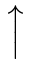
\Big \uparrow